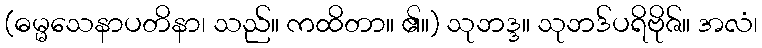
(ဓမ္မသေနာပတိနာ၊ သည်။ ကထိတာ။ ၏။) သုဘဒ္ဒ။ သုဘဒ်ပရိဗိုဇ်။ အလံ၊